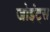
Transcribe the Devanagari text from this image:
जोइंट्स